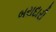
બરાદારી